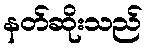
နတ်ဆိုးသည်